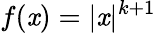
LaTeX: f(\mathit{x})=|\mathit{x}|^{k+1}